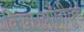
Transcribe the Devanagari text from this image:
किया।बॉलीवुड